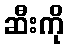
ဆီးကို